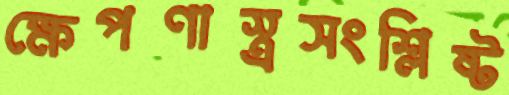
ক্ষেপণাস্ত্রসংশ্লিষ্ট